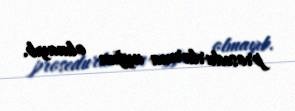
prosedurlarına uyğun olmayıb.